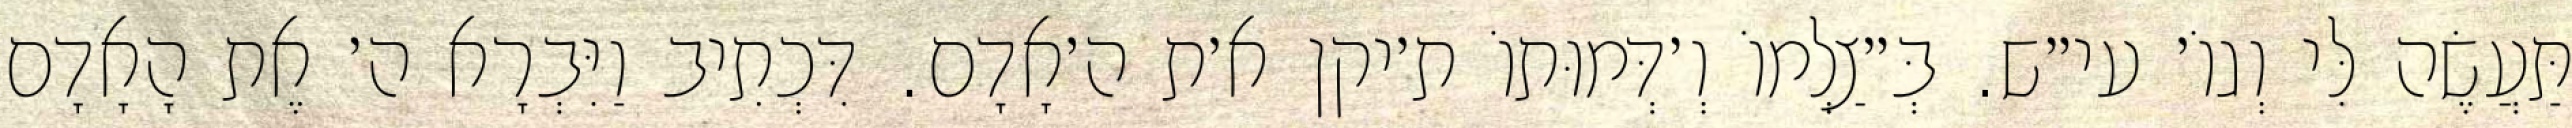
תַּעֲשֶׂה לִּי וְגוֹ׳ עי״ש. בְּ״צַלְמוֹ וְ׳דְּמוּתוֹ ת׳יקן א׳ת ה׳אָדָם. דִּכְתִיב וַיִּבְרָא ה׳ אֶת הָאָדָם